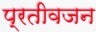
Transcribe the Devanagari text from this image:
प्रतीवजन